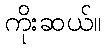
ကိုးဆယ်။